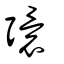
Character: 彋